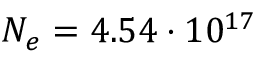
N _ { e } = 4 . 5 4 \cdot 1 0 ^ { 1 7 }